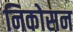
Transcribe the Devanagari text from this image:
निकोसन